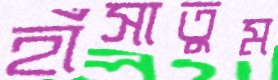
হাঁসাতুম